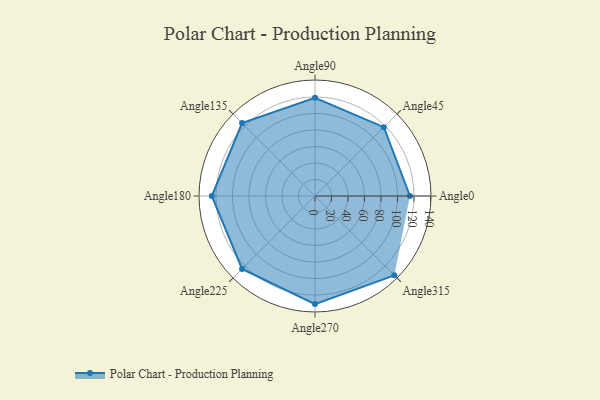
{"axis": {"x": "Angle", "y": "Radius"}, "legend": [""], "data": [{"x": "Angle0", "y": 115.0, "type": ""}, {"x": "Angle45", "y": 118.0, "type": ""}, {"x": "Angle90", "y": 119.0, "type": ""}, {"x": "Angle135", "y": 125.0, "type": ""}, {"x": "Angle180", "y": 125.0, "type": ""}, {"x": "Angle225", "y": 125.0, "type": ""}, {"x": "Angle270", "y": 131.0, "type": ""}, {"x": "Angle315", "y": 136.0, "type": ""}]}